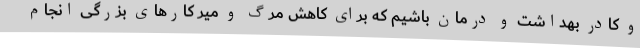
و کادر بهداشت و درمان باشیم که برای کاهش مرگ و میر کارهای بزرگی انجام